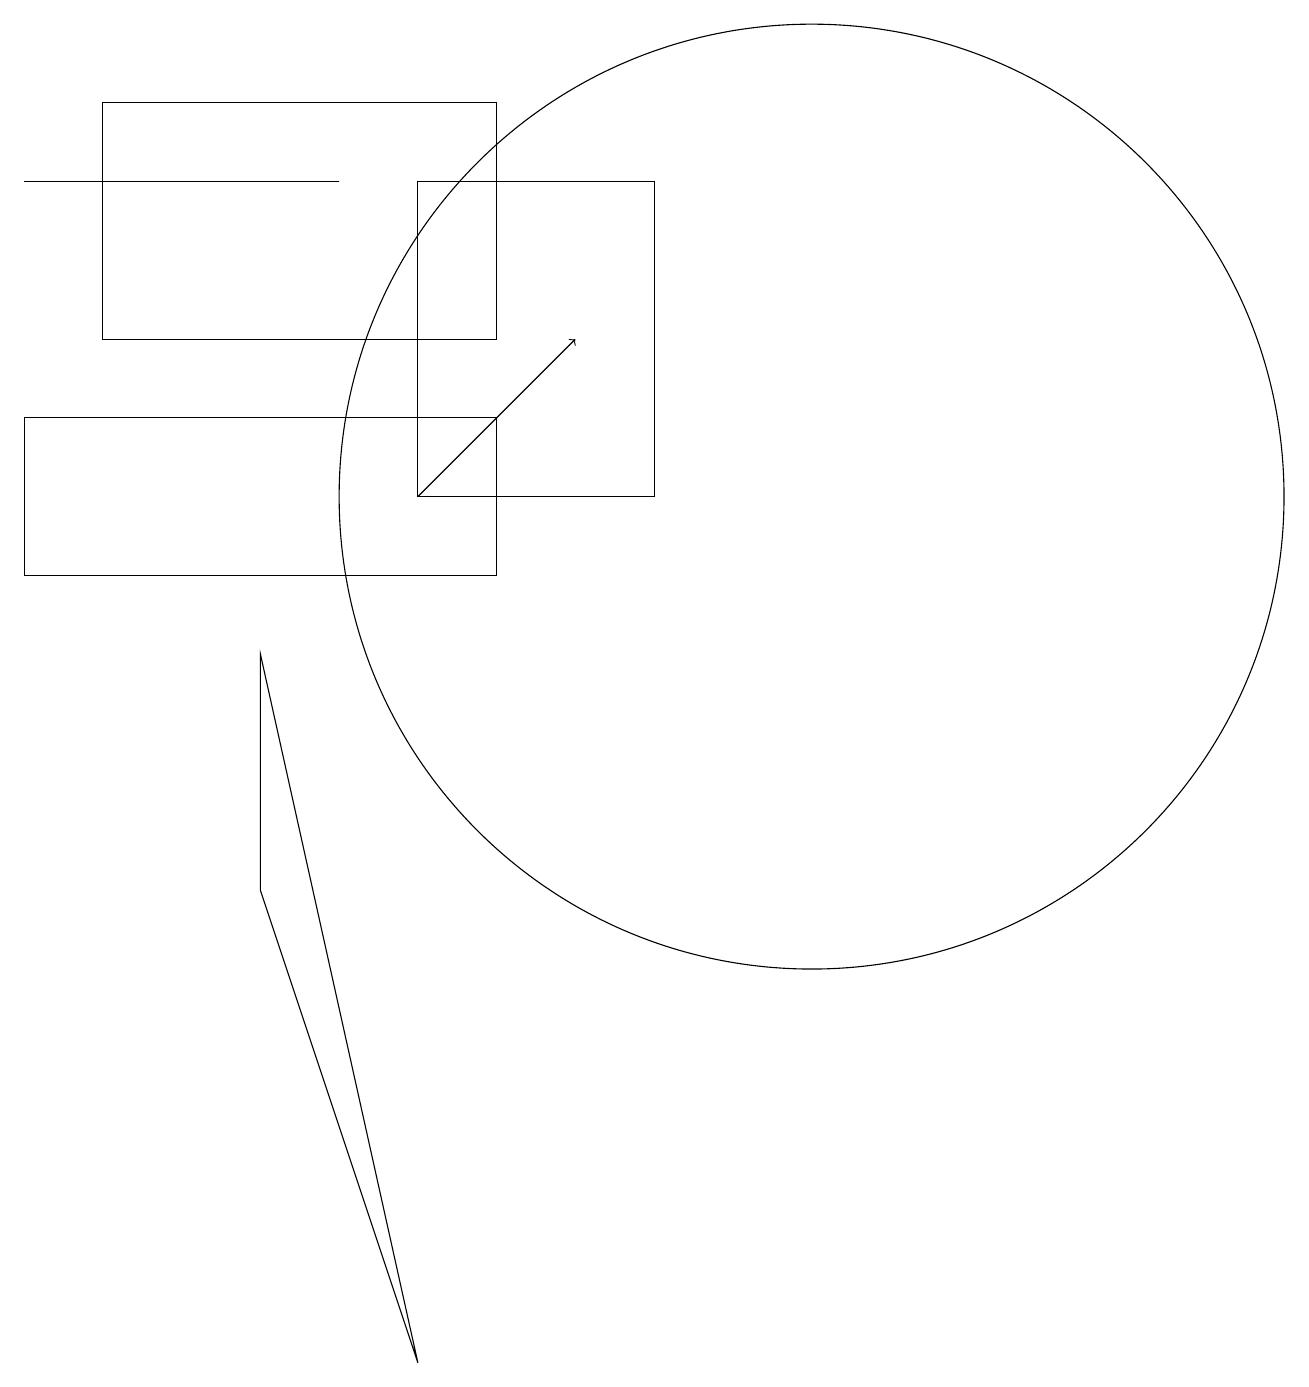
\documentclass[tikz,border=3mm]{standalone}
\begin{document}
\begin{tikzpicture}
\draw (5,16) rectangle (6,16);
\draw (4,15) rectangle (0,15);
\draw (1,13) rectangle (6,16);
\draw (3,9) -- (5,0) -- (3,6) -- cycle;
\draw (8,11) rectangle (5,15);
\draw (10,11) circle (6);
\draw[->] (5,11) -- (7,13);
\draw (6,10) rectangle (0,12);
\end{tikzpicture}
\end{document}